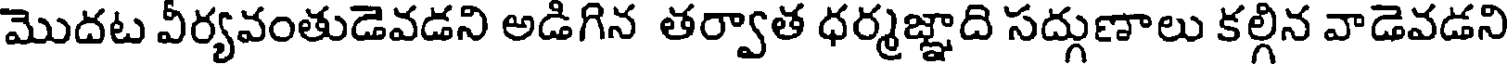
మొదట వీర్యవంతుడెవడని అడిగిన తర్వాత ధర్మజ్ఞాది సద్గుణాలు కల్గిన వాడెవడని